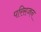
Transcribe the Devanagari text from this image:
परिसज्जन